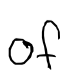
Text: of
Cross-out: clean
Writing tool: digital_black